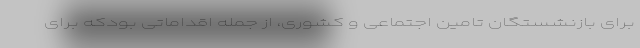
برای بازنشستگان تامین اجتماعی و کشوری، از جمله اقداماتی بودکه برای